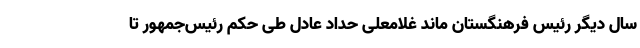
سال دیگر رئیس فرهنگستان ماند غلامعلی حداد عادل طی حکم رئیس‌جمهور تا